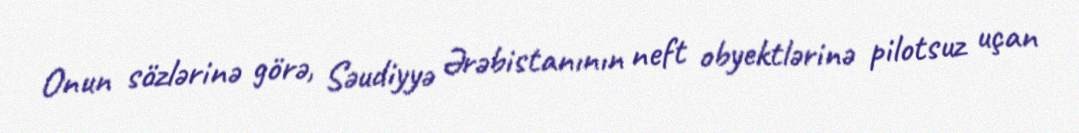
Onun sözlərinə görə, Səudiyyə Ərəbistanının neft obyektlərinə pilotsuz uçan